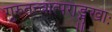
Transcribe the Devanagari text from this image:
गुरुतत्त्वात्पराङ्मुखाः